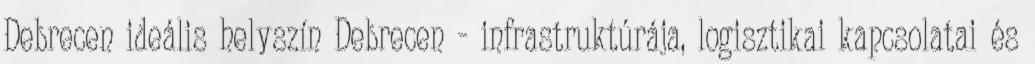
Debrecen ideális helyszín Debrecen - infrastruktúrája, logisztikai kapcsolatai és